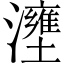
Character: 𤃟